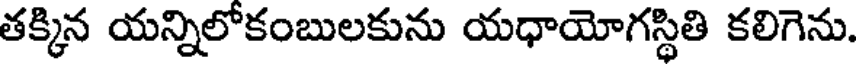
తక్కిన యన్నిలోకంబులకును యధాయోగస్థితి కలిగెను.